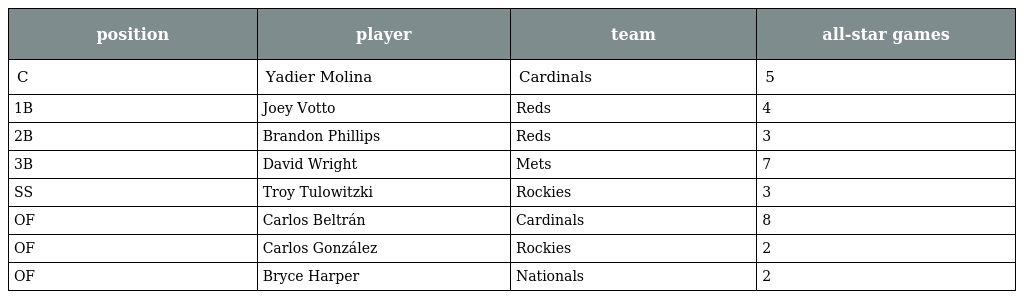
| position | player | team | all-star games |
 | --- | --- | --- | --- |
 | C | Yadier Molina | Cardinals | 5 |
 | 1B | Joey Votto | Reds | 4 |
 | 2B | Brandon Phillips | Reds | 3 |
 | 3B | David Wright | Mets | 7 |
 | SS | Troy Tulowitzki | Rockies | 3 |
 | OF | Carlos Beltrán | Cardinals | 8 |
 | OF | Carlos González | Rockies | 2 |
 | OF | Bryce Harper | Nationals | 2 |